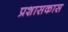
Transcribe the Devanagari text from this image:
प्रशासकास